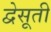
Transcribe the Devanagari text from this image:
द्वेसूती